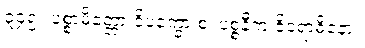
၃၄၅။ ပစ္စာမိတ္တော ဝိပက္ခော စ၊ ပစ္စနီက ဝိရောဓိနော။